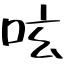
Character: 呟